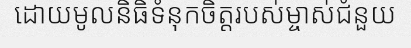
ដោយមូលនិធិទំនុកចិត្តរបស់ម្ចាស់ជំនួយ